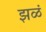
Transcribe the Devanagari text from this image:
झळं